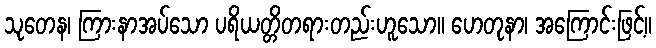
သုတေန၊ ကြားနာအပ်သော ပရိယတ္တိတရားတည်းဟူသော။ ဟေတုနာ၊ အကြောင်းဖြင့်။